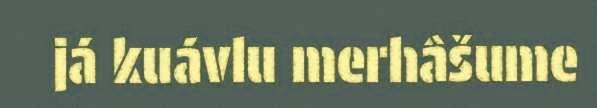
já kuávlu merhâšume